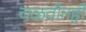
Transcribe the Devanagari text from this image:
चळवीतही